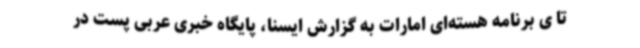
تا ی برنامه هسته‌ای امارات به گزارش ایسنا، پایگاه خبری عربی پست در